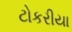
ટોકરીયા